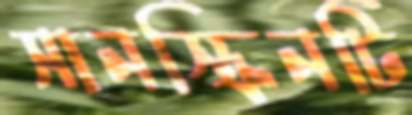
সানস্ক্রিনটি